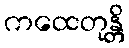
ကထေတုန္တိ